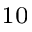
^ { 1 0 }